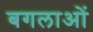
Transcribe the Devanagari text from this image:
बगलाओं